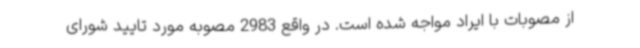
از مصوبات با ایراد مواجه شده است. در واقع 2983 مصوبه مورد تایید شورای